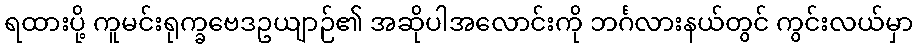
ရထားပို့ ကူမင်းရုက္ခဗေဒဥယျာဉ်၏ အဆိုပါအလောင်းကို ဘင်္ဂလားနယ်တွင် ကွင်းလယ်မှာ